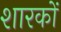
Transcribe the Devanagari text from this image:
शारकों